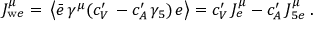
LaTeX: J _ { \mathrm { w } e } ^ { \mu } = \, \left\langle \bar { e } \, \gamma ^ { \mu } ( c _ { V } ^ { \prime } \, - c _ { A } ^ { \prime } \, \gamma _ { 5 } ) \, e \right\rangle = c _ { V } ^ { \prime } \, J _ { e } ^ { \mu } - c _ { A } ^ { \prime } \, J _ { 5 e } ^ { \mu } \; .